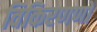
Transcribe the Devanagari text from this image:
विकिरणणों